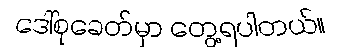
ဒေါ်စုခေတ်မှာ တွေ့ရပါတယ်။